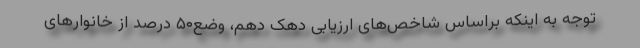
توجه به اینکه براساس شاخص‌های ارزیابی دهک دهم، وضع۵۰ درصد از خانوارهای